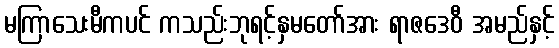
မကြာသေးမီကပင် ကသည်းဘုရင့်နှမတော်အား ရာဇဒေဝီ အမည်နှင့်